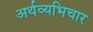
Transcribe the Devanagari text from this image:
अर्थव्यभिचार